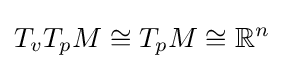
T_{v}T_{p}M\cong T_{p}M\cong \mathbb {R} ^{n}